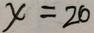
x = 2 0